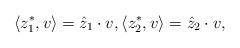
LaTeX: \begin{align*}\langle z_1^*, v\rangle = \hat z_1 \cdot v,\langle z_2^*,v\rangle = \hat z_2\cdot v,\end{align*}